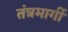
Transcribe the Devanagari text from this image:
तंत्रमार्गी